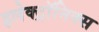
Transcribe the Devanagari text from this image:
इलेक्ट्रॉनिक्स